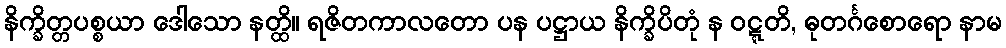
နိက္ခိတ္တပစ္စယာ ဒေါသော နတ္ထိ။ ရဇိတကာလတော ပန ပဋ္ဌာယ နိက္ခိပိတုံ န ဝဋ္ဋတိ, ဓုတင်္ဂစောရော နာမ